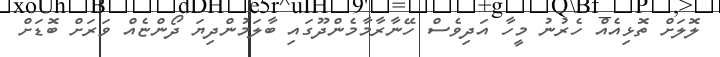
ލޮލަށް ތޮޅިއެއް ހެރުނު މީހާ އަދިވެސް ހޭނާރާމާމެންދޫގައި ބާލަމުންދިޔަ ދޯންޏެއް ވަރަށް ބޮޑަށް